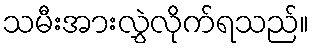
သမီးအားလွှဲလိုက်ရသည်။